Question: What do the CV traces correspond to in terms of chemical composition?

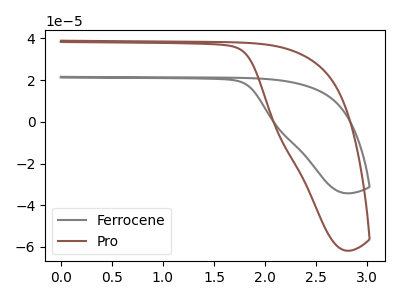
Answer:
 <answer>The gray curve is labeled "Ferrocene". The brown curve is labeled "Pro".</answer>
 <eval></eval>